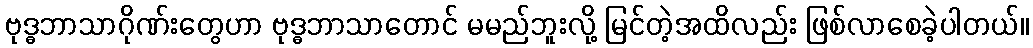
ဗုဒ္ဓဘာသာဂိုဏ်းတွေဟာ ဗုဒ္ဓဘာသာတောင် မမည်ဘူးလို့ မြင်တဲ့အထိလည်း ဖြစ်လာစေခဲ့ပါတယ်။